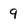
Character: g